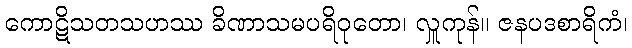
ကောဋိသတသဟဿ ခိဏာသမပရိဝုတော၊ လှူကုန်။ ဇနပဒစာရိကံ၊